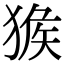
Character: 㺅